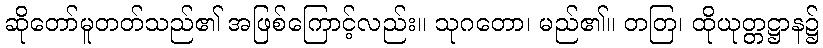
ဆိုတော်မူတတ်သည်၏ အဖြစ်ကြောင့်လည်း။ သုဂတော၊ မည်၏။ တတြ၊ ထိုယုတ္တဋ္ဌာန၌